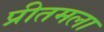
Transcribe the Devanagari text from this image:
प्रीतमला